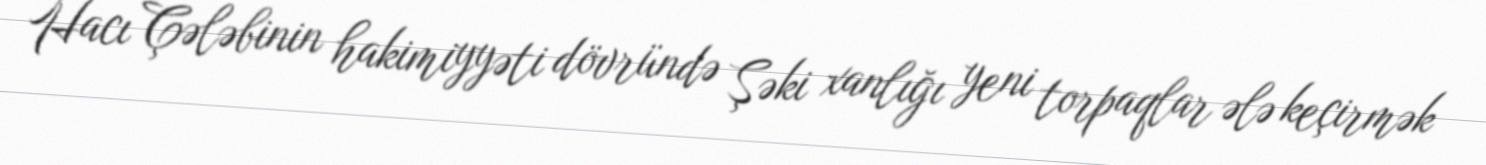
Hacı Çələbinin hakimiyyəti dövründə Şəki xanlığı yeni torpaqlar ələ keçirmək